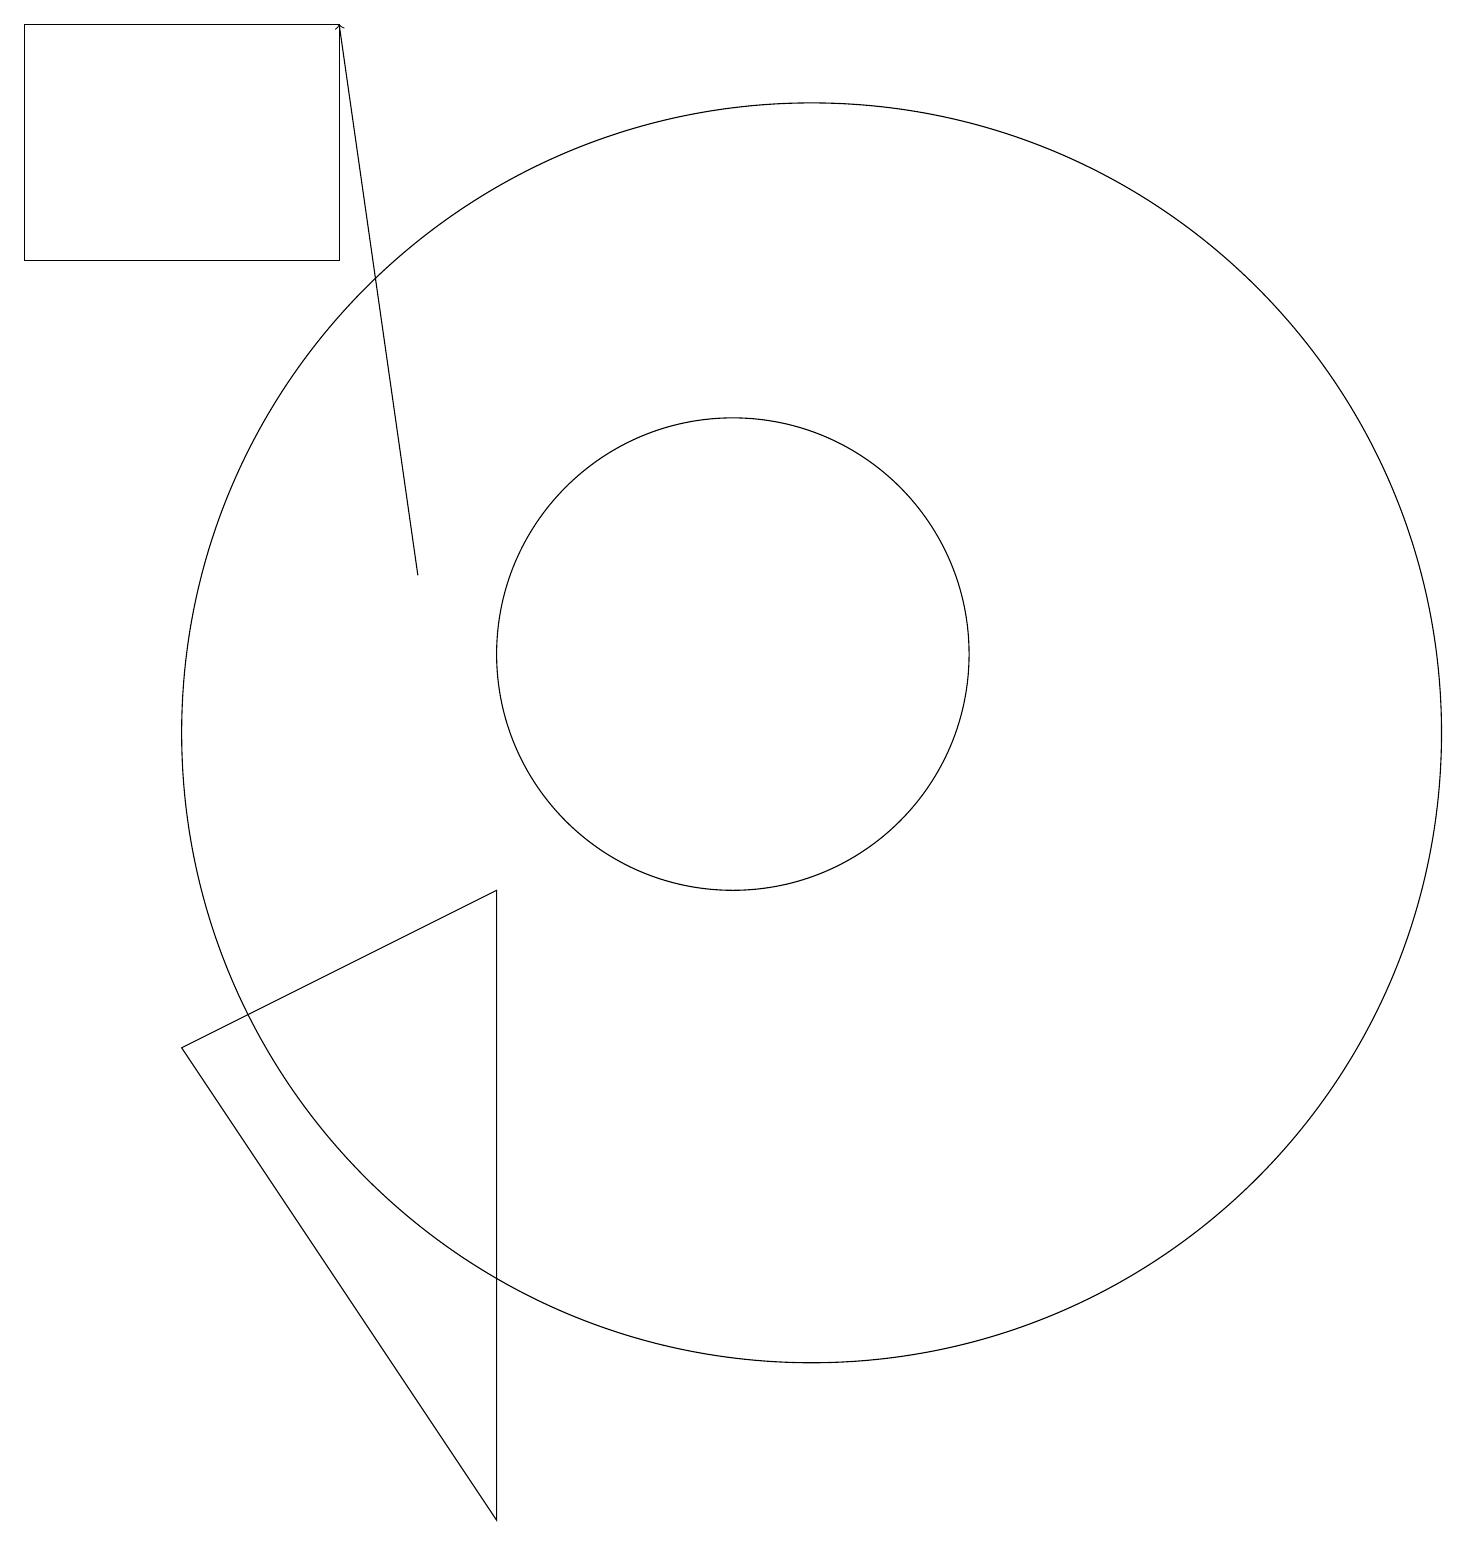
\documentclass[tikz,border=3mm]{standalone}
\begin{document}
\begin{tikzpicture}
\draw (5,19) rectangle (1,16);
\draw[->] (6,12) -- (5,19);
\draw (3,6) -- (7,8) -- (7,0) -- cycle;
\draw (10,11) circle (3);
\draw (11,10) circle (8);
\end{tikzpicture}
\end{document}